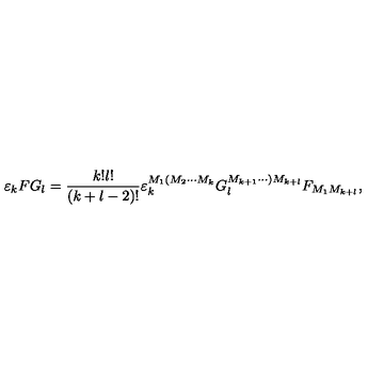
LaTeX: \varepsilon _ { k } F G _ { l } = \frac { k ! l ! } { \left( k + l - 2 \right) ! } \varepsilon _ { k } ^ { M _ { 1 } ( M _ { 2 } \cdots M _ { k } } G _ { l } ^ { M _ { k + 1 } \cdots ) M _ { k + l } } F _ { M _ { 1 } M _ { k + l } } ,